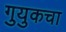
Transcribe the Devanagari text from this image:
गुयुकचा